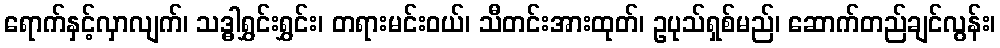
ရောက်နှင့်လှာလျက်၊ သဒ္ဓါရွှင်းရွှင်း၊ တရားမင်းဝယ်၊ သီတင်းအားထုတ်၊ ဥပုသ်ရှစ်မည်၊ ဆောက်တည်ချင်လွန်း၊